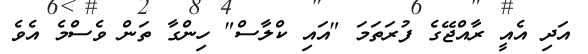
އަދި އެއީ ރާއްޖޭގެ ފުރަތަމަ "އައި ކްލާސް" ހިންގާ ތަން ވެސްމެ އެވެ